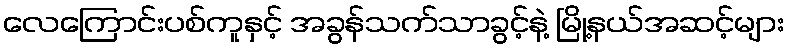
လေကြောင်းပစ်ကူနှင့် အခွန်သက်သာခွင့်နဲ့ မြို့နယ်အဆင့်များ